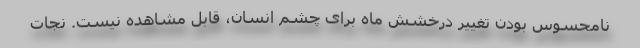
نامحسوس بودن تغییر درخشش ماه برای چشم انسان، قابل مشاهده نیست. نجات